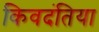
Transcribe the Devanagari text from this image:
किवदंतिया